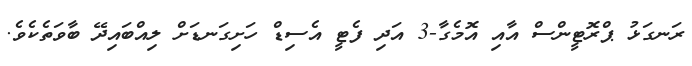
ރަނގަޅު ޕްރޮޓީންސް އާއި އޮމެގާ-3 އަދި ފެޓީ އެސިޑް ހަށިގަނޑަށް ލިއްބައިދޭ ބާވަތެކެވެ.